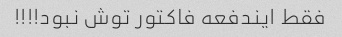
فقط ایندفعه فاکتور توش نبود!!!!